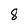
Character: 8